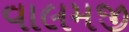
વાલમજી